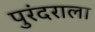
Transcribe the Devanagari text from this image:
पुरंदराला